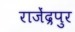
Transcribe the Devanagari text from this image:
राजेंद्रपुर